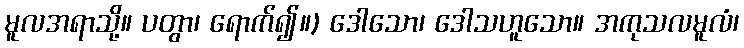
မူလအရာသို့။ ပတွာ၊ ရောက်၍။) ဒေါသော၊ ဒေါသဟူသော။ အကုသလမူလံ၊